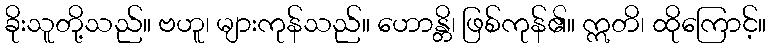
ခိုးသူတို့သည်။ ဗဟူ၊ များကုန်သည်။ ဟောန္တိ၊ ဖြစ်ကုန်၏။ ဣတိ၊ ထိုကြောင့်။